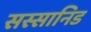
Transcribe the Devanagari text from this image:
सस्सानिड